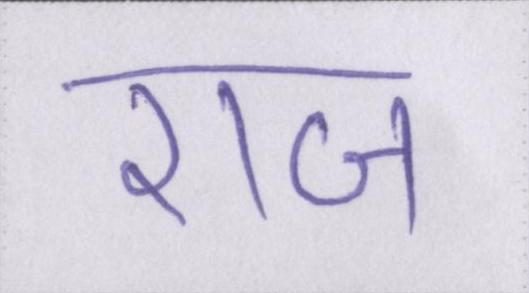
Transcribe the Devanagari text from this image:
राज